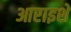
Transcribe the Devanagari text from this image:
आराइशे